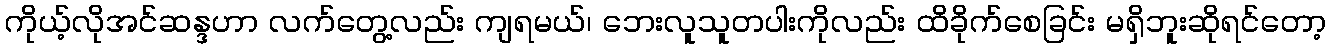
ကိုယ့်လိုအင်ဆန္ဒဟာ လက်တွေ့လည်း ကျရမယ်၊ ဘေးလူသူတပါးကိုလည်း ထိခိုက်စေခြင်း မရှိဘူးဆိုရင်တော့